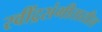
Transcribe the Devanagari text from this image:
रवींद्रसंगीतातील